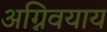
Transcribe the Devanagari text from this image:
अग्निवयाय